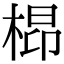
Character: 㭿